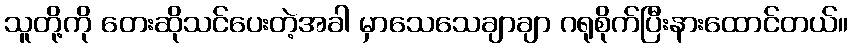
သူတို့ကို တေးဆိုသင်ပေးတဲ့အခါ မှာသေသေချာချာ ဂရုစိုက်ပြီးနားထောင်တယ်။